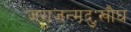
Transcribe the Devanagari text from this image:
जराजन्मदुःखौघ